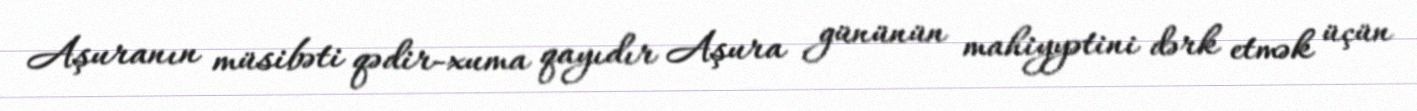
Aşuranın müsibəti qədir-xuma qayıdır Aşura gününün mahiyyətini dərk etmək üçün